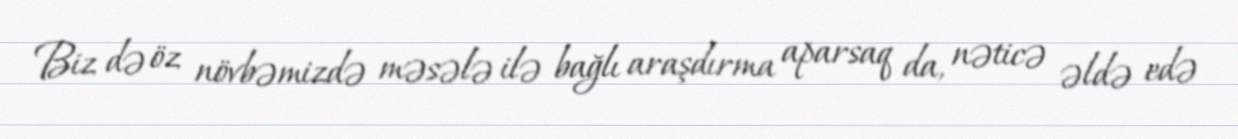
Biz də öz növbəmizdə məsələ ilə bağlı araşdırma aparsaq da, nəticə əldə edə